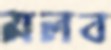
মলব